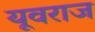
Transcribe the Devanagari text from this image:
यूवराज